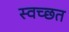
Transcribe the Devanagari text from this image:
स्वच्छत